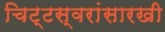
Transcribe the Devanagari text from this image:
चिट्टस्वरांसारखी